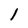
Character: l